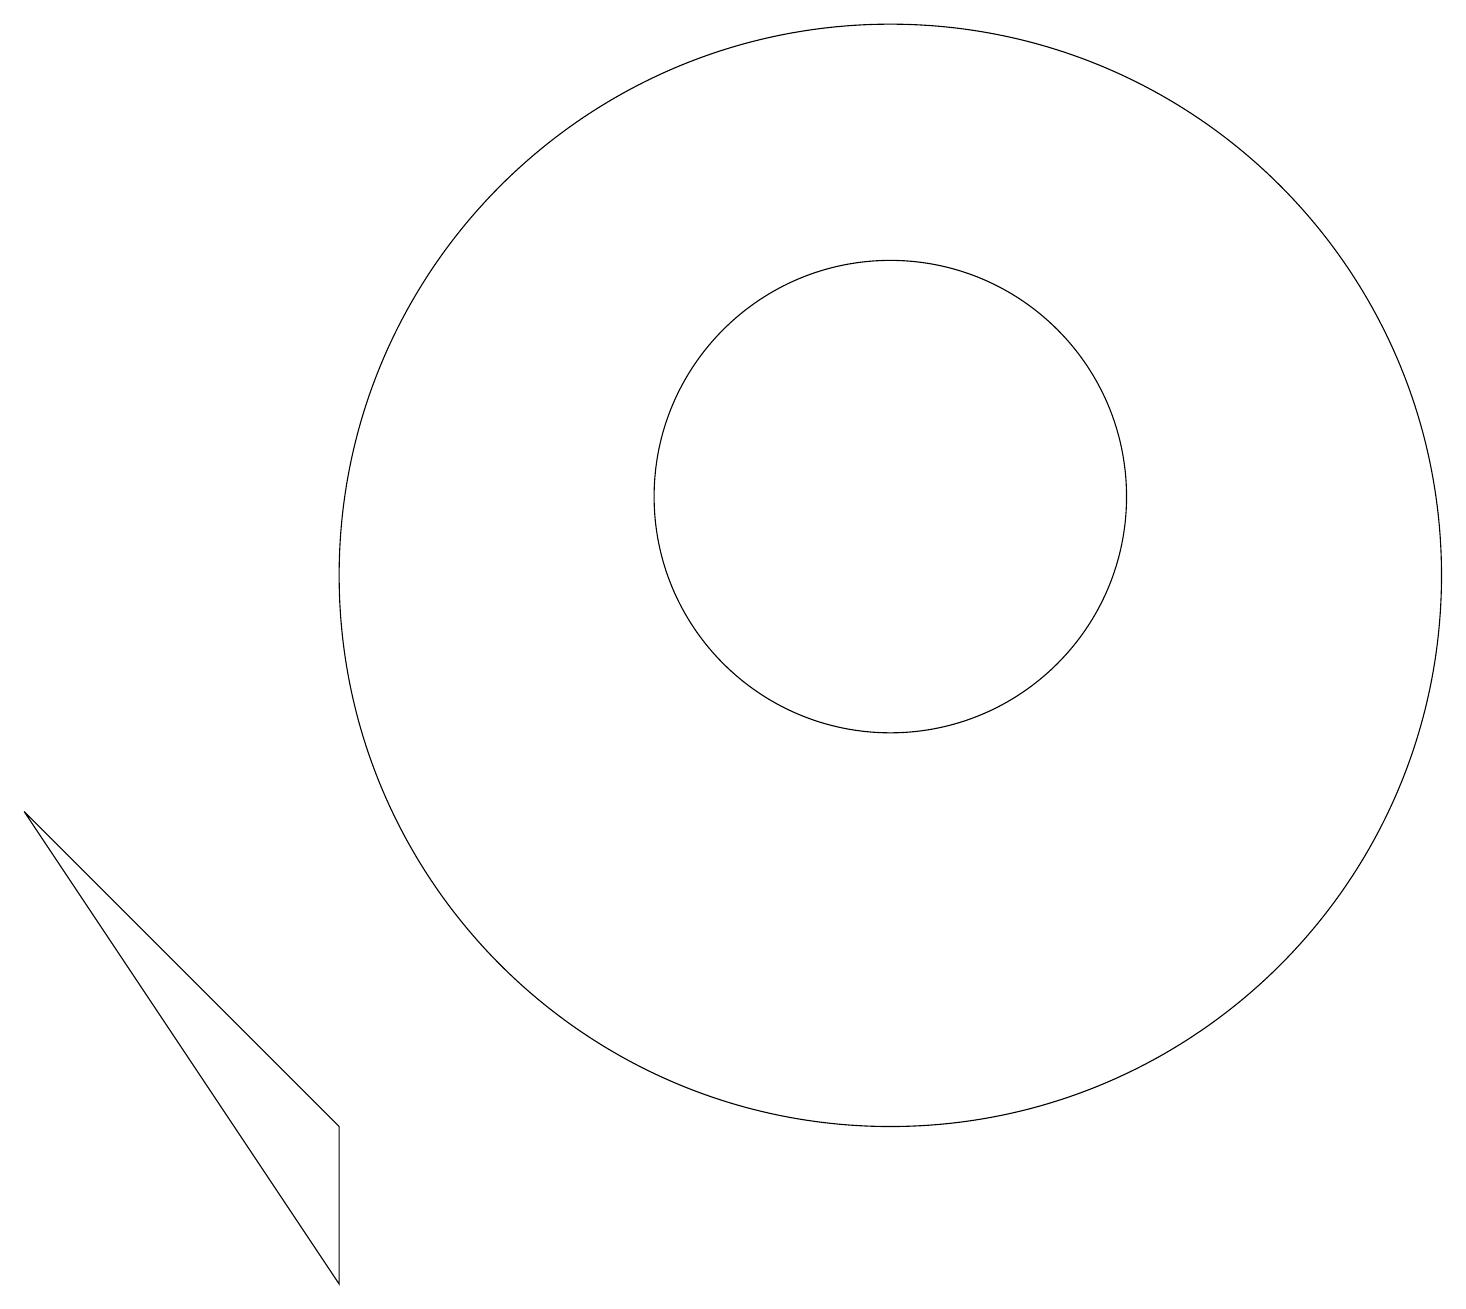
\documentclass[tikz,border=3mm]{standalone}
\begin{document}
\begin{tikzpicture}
\draw (11,11) circle (7);
\draw (11,12) circle (3);
\draw (4,4) -- (4,2) -- (0,8) -- cycle;
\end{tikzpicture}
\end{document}